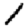
Digit: 1